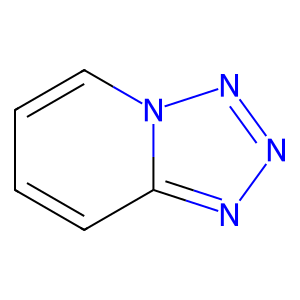
SMILES: c1ccn2nnnc2c1
Inhibits HIV replication: No